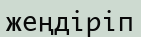
жеңдіріп